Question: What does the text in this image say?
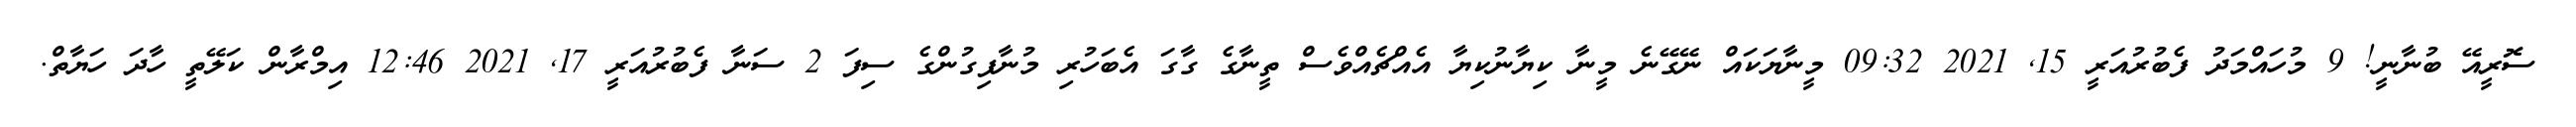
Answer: ސޮރީއޭ ބުނާނީ! 9 މުހައްމަދު ފެބުރުއަރީ 15, 2021 09:32 މީނާޔަކައް ނޭގޭނެ މީނާ ކިޔާނުކިޔާ އެއްޗެއްވެސް ތީނާގެ ގާގަ އެބަހުރި މުނާފިގުންގެ ސިފަ 2 ސަނާ ފެބުރުއަރީ 17, 2021 12:46 އިމްރާން ކަލޭތީ ހާދަ ހަޔާތް.